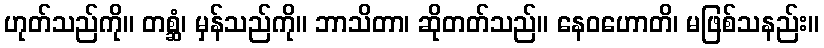
ဟုတ်သည်ကို။ တစ္ဆံ၊ မှန်သည်ကို။ ဘာသိတာ၊ ဆိုတတ်သည်။ နေဝဟောတိ၊ မဖြစ်သနည်း။